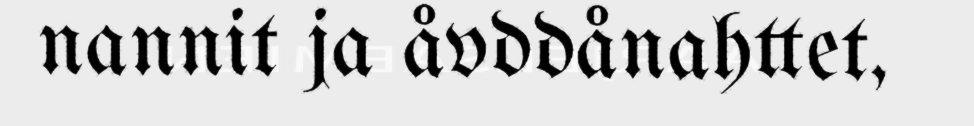
nannit ja åvddånahttet,